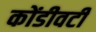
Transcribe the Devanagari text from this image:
कोंडीवटी